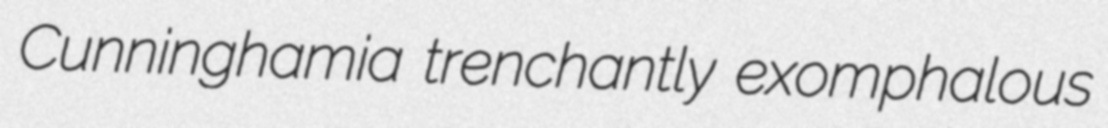
Cunninghamia trenchantly exomphalous